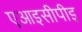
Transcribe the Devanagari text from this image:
एआइसीपीइ